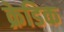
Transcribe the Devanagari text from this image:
क्रेडिक